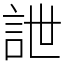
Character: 詍